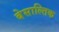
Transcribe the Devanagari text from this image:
बेसाल्तिक